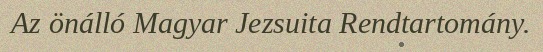
Az önálló Magyar Jezsuita Rendtartomány.